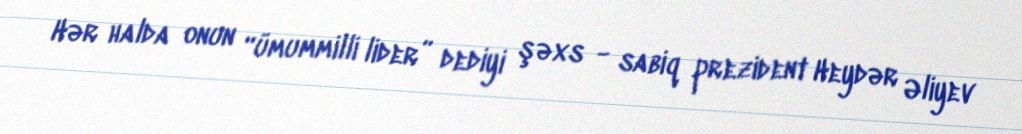
Hər halda onun “ümummilli lider” dediyi şəxs - sabiq prezident Heydər Əliyev